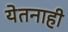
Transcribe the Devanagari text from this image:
येतनाही